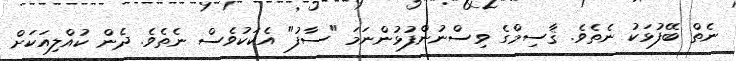
ނެތް ބޭފުޅަކު ނެތެވެ. ޤާސިމްގެ ވިސްނުންފުޅުންނަމަ "ސާފު" އެކަކުވެސް ނެތެވެ. ދެން ކުއްލިއަކަށް